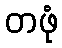
တဖုံ